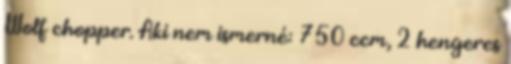
Wolf chopper. Aki nem ismerné: 750 ccm, 2 hengeres